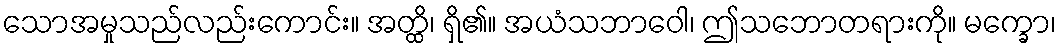
သောအမှုသည်လည်းကောင်း။ အတ္ထိ၊ ရှိ၏။ အယံသဘာဝေါ၊ ဤသဘောတရားကို။ မက္ခော၊